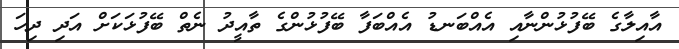
އާއިލާގެ ބޭފުޅުންނާއި އެއްބަނޑު އެއްބަފާ ބޭފުޅުންގެ ތާއީދު ނެތް ބޭފުޅަކަށް އަދި ދިހަ